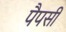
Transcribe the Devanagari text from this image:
पैपसी